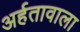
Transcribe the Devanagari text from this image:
अर्हतावाला